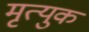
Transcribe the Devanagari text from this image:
मृत्युक